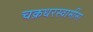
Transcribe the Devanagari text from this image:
चक्रधरस्वामींना